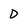
Character: D